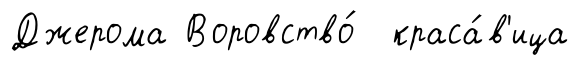
Джерома Воровство́ краса́в'ица